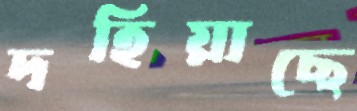
দহিয়াছে